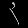
Digit: ၃